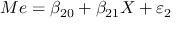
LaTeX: M e = \beta _ { 2 0 } + \beta _ { 2 1 } X + \varepsilon _ { 2 }